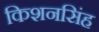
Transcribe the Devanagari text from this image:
किशनसिंह